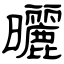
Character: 曬